Report on the Calcutta epizootic or cattle disease of 1864 in Calcutta and its neighbourhood
Year: 1864
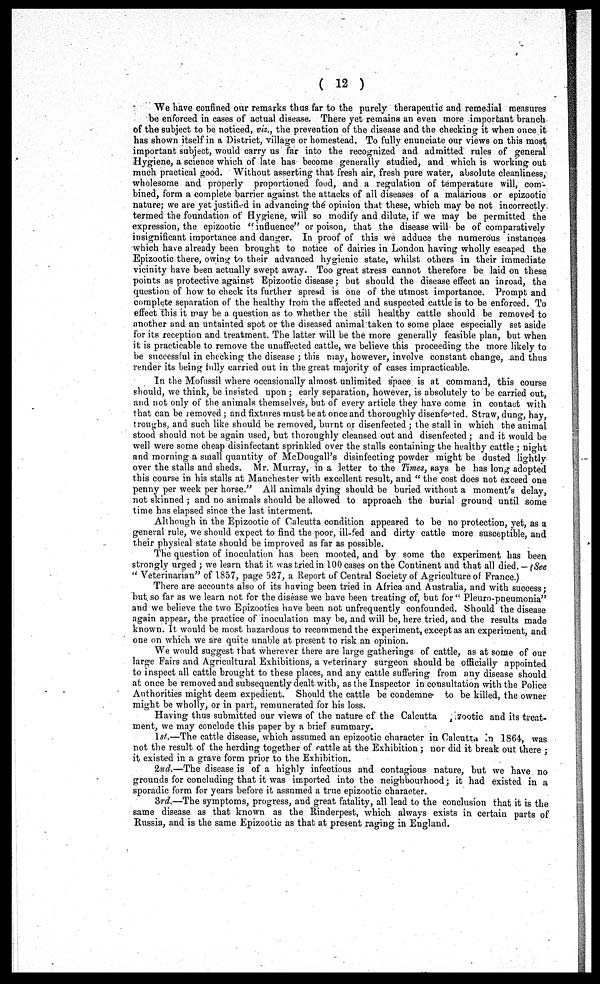
( 12 )
We have confined our remarks thus far to the purely therapeutic and remedial measures
be enforced in cases of actual disease. There yet remains an even more important branch
of the subject to be noticed, viz., the prevention of the disease and the checking it when once it
has shown itself in a District, village or homestead. To fully enunciate our views on this most
important subject, would carry us far into the recognized and admitted rules of general
Hygiene, a science which of late has become generally studied, and which is working out
much practical good. Without asserting that fresh air, fresh pure water, absolute cleanliness,
wholesome and properly proportioned food, and a regulation of temperature will, com-
bined, form a complete barrier against the attacks of all diseases of a malarious or epizootic
nature; we are yet justified in advancing the opinion that these, which may be not incorrectly
termed the foundation of Hygiene will so modify and dilute, if we may be permitted the
expression, the epizootic " influence" or poison, that the disease will be of comparatively
insignificant importance and danger. In proof of this we adduce the numerous instances
which have already been brought to notice of dairies in London having wholly escaped the
Epizootic there, owing to their advanced hygienic state, whilst others in their immediate
vicinity have been actually swept away. Too great stress cannot therefore be laid on these
points as protective against Epizootic disease; but should the disease effect an inroad, the
question of how to check its further spread is one of the utmost importance. Prompt and
complete separation of the healthy from the affected and suspected cattle is to be enforced. To
effect this it may be a question as to whether the still healthy cattle should be removed to
another and an untainted spot or the diseased animal taken to some place especially set aside
for its reception and treatment. The latter will be the more generally feasible plan, but when
it is practicable to remove the unaffected cattle, we believe this proceeding the more likely to
be successful in checking the disease ; this may, however, involve constant change, and thus
render its being fully carried out in the great majority of cases impracticable.
In the Mofussil where occasionally almost unlimited space is at command, this course
should, we think, be insisted upon ; early separation, however, is absolutely to be carried out,
and not only of the animals themselves, but of every article they have come in contact with
that can be removed ; and fixtures must be at once and thoroughly disenfected. Straw, dung, hay,
troughs, and such like should be removed, burnt or disenfected ; the stall in which the animal
stood should not be again used, but thoroughly cleansed out and disenfected; and it would be
well were some cheap disinfectant sprinkled over the stalls containing the healthy cattle ; night
and morning a small quantity of McDougall's disinfecting powder might be dusted lightly
over the stalls and sheds. Mr. Murray, in a letter to the Times, says he has long adopted
this course in his stalls at Manchester with excellent result, and " the cost does not exceed one
penny per week per horse." All animals dying should be buried without a moment's delay,
not skinned ; and no animals should be allowed to approach the burial ground until some
time has elapsed since the last interment.
Although in the Epizootic of Calcutta condition appeared to be no protection, yet, as a
general rule, we should expect to find the poor, ill-fed and dirty cattle more susceptible, and
their physical state should be improved as far as possible.
The question of inoculation has been mooted, and by some the experiment has been
strongly urged ; we learn that it was tried in 100 cases on the Continent and that all died. — (See
"Veterinarian" of 1857, page 527, a Report of Central Society of Agriculture of Prance.)
There are accounts also of its having been tried in Africa and Australia, and with success;
but. so far as we learn not for the disease we have been treating of, but for " Pleuro-pneumonia"
and we believe the two Epizootics have been not unfrequently confounded. Should the disease
again appear, the practice of inoculation may be, and will be, here tried, and the results made
known. It would be most hazardous to recommend the experiment, except as an experiment, and
one on which we are quite unable at present to risk an opinion.
We would suggest that wherever there are large gatherings of cattle, as at some of our
large Fairs and Agricultural Exhibitions, a veterinary surgeon should be officially appointed
to inspect all cattle brought to these places, and any cattle suffering from any disease should
at once be removed and subsequently dealt with, as the Inspector in consultation with the Police
Authorities might deem expedient. Should the cattle be condemne to be killed, the owner
might be wholly, or in part, remunerated for his loss.
Having thus submitted our views of the nature of the Calcutta
zootic and its treat-
ment, we may conclude this paper by a brief summary.
1st.—The cattle disease, which assumed an epizootic character in Calcutta in 1864, was
not the result of the herding together of cattle at the Exhibition ; nor did it break out there ;
it existed in a grave form prior to the Exhibition,
2nd.—The disease is of a highly infectious and contagious nature, but we have no
grounds for concluding that it was imported into the neighbourhood; it had existed in a
sporadic form for years before it assumed a true epizootic character.
3rd.—The symptoms, progress, and great fatality, all lead to the conclusion that it is the
same disease as that known as the Rinderpest, which always exists in certain parts of
Russia, and is the same Epizootic as that at present raging in England.